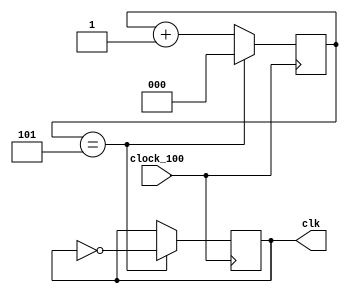
`timescale 1ns / 1ps
//////////////////////////////////////////////////////////////////////////////////
// Company: 
// 
// Design Name: 
// Module Name:    ClockDivider 
// Project Name: 
// Target Devices: 
// Tool versions: 
// Description: 
//
// Dependencies: 
//
// Revision: 
// Revision 0.01 - File Created
// Additional Comments: 
//
//////////////////////////////////////////////////////////////////////////////////
module ClockDivider(
	input clock_100,
	output reg clk=0
    );
	reg [2:0] count =0;
	
	always@(posedge clock_100)
		//begin
			//if (enable)
				//begin
				if (count== 3'd5)
					begin
					clk<=~clk;
					count = 0;
					end
				else 
				begin
					count= count+ 3'd1;
				end
			//end
		/*	else
				begin
				clk <= 0;
				end
		end*/
endmodule